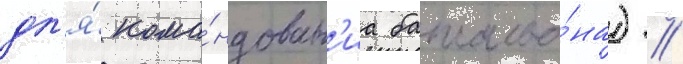
дл'я́ кома́ндован'иа батальо́на) //